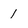
Character: 1